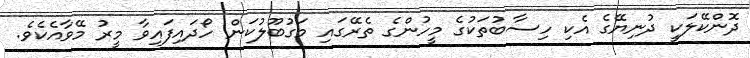
ދޮންކޭލަކީ ދުނިޔޭގެ އެކި ހިސާބުތަކުގެ މީހުންގެ ތެރޭގައި މަގުބޫލުކަން ހޯދައިފައިވާ މީރު މޭވާއެކެވެ.